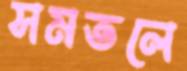
সমতলে